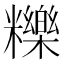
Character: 𥽗